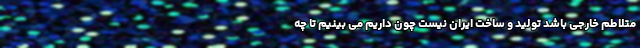
متلاطم خارجی باشد تولید و ساخت ایران نیست چون داریم می بینیم تا چه